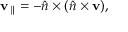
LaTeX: \mathbf { v } _ { \parallel } = - { \hat { n } } \times ( { \hat { n } } \times \mathbf { v } ) ,